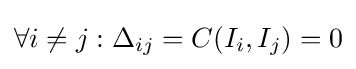
\forall i\neq j:\Delta _{ij}=C(I_{i},I_{j})=0